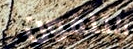
التلفون